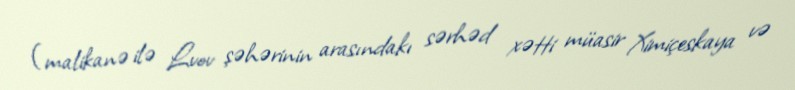
(malikanə ilə Lvov şəhərinin arasındakı sərhəd xətti müasir Ximiçeskaya və